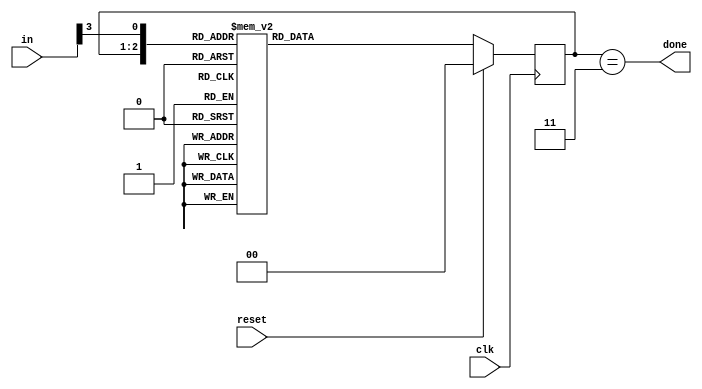
module top_module(
    input clk,
    input [7:0] in,
    input reset,    // Synchronous reset
    output done); //

    parameter b1 = 2'd0, b2 = 2'd1, b3 = 2'd2, dn = 2'd3;
    reg	[1:0]	state, next_state;
    
    // State transition logic (combinational)
    always@(*) begin
        case({state, in[3]})
            {b1, 1'b0}:	next_state = b1;
            {b1, 1'b1}:	next_state = b2;
            {b2, 1'b0}:	next_state = b3;
            {b2, 1'b1}:	next_state = b3;
            {b3, 1'b0}:	next_state = dn;
            {b3, 1'b1}:	next_state = dn;
            {dn, 1'b0}:	next_state = b1;
            {dn, 1'b1}:	next_state = b2;
        endcase
    end
    // State flip-flops (sequential)
    always@(posedge clk) begin
        if(reset)
            state <= b1;
        else
            state <= next_state;
    end
    // Output logic
    assign	done = (state == dn);
    
endmodule